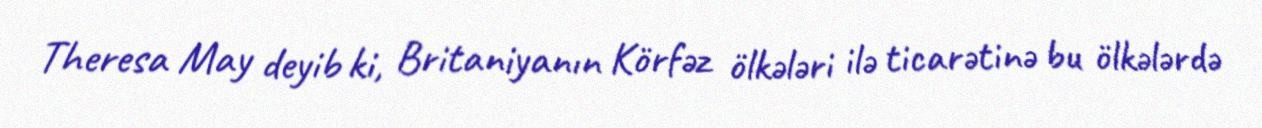
Theresa May deyib ki, Britaniyanın Körfəz ölkələri ilə ticarətinə bu ölkələrdə